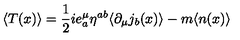
\langle T ( x ) \rangle = \frac { 1 } { 2 } i e _ { a } ^ { \mu } \eta ^ { a b } \langle \partial _ { \mu } j _ { b } ( x ) \rangle - m \langle n ( x ) \rangle